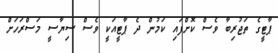
ޕާޓީގެ ތަޖުރިބާ ވެސް ކޮށްފައި ކަމުން ދެ ޕާޓީއަކީ ވެސް ސިޔާސީ މަސްރަހަށް